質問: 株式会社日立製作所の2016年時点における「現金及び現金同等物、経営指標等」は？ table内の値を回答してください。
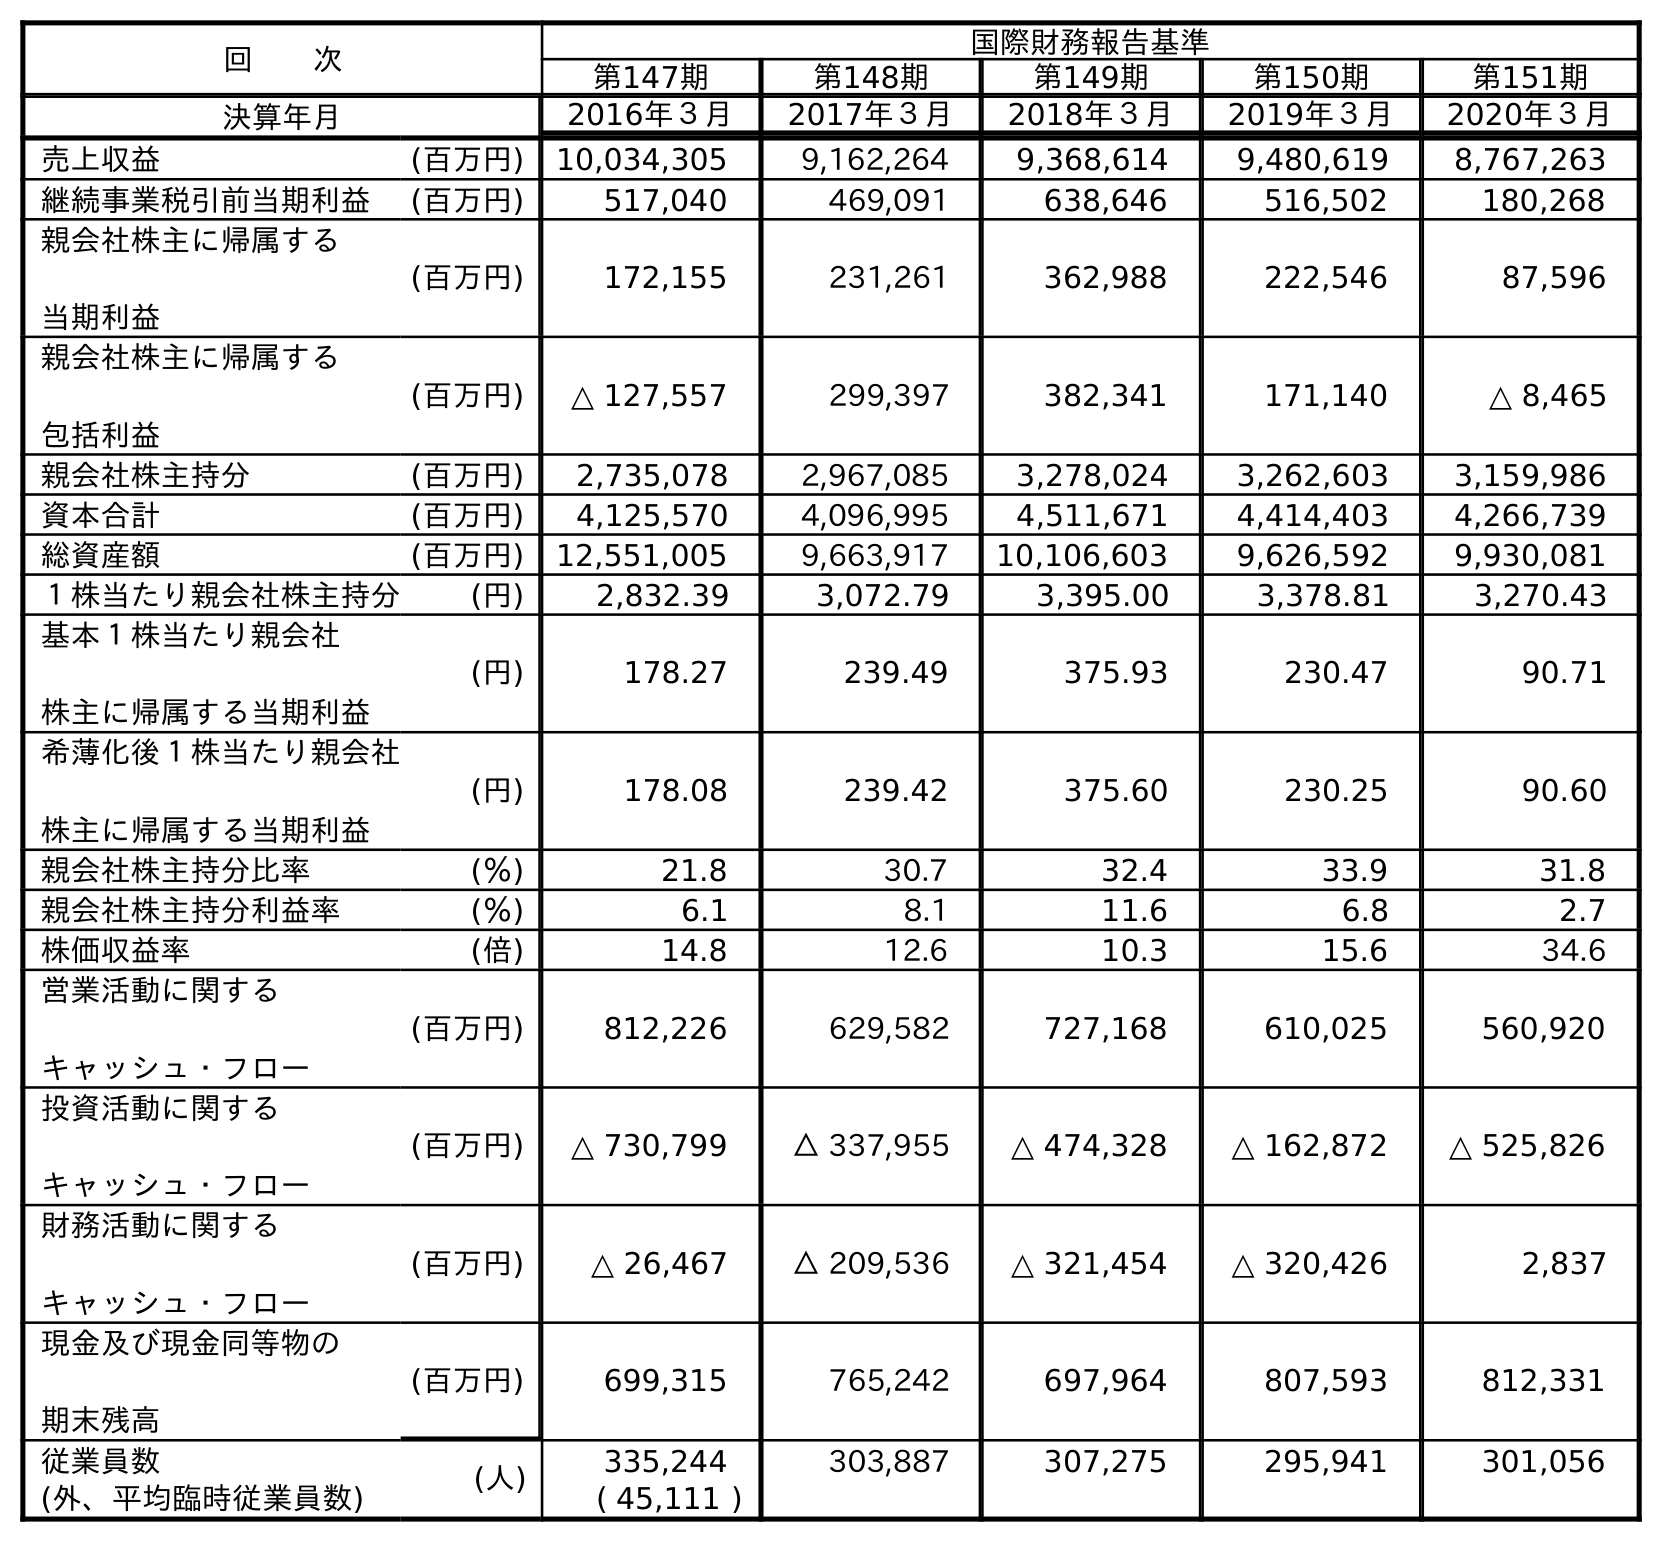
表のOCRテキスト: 回  次 国際財務報告基準 第147期 第148期 第149期 第150期 第151期 決算年月 2016年３月 2017年３月 2018年３月 2019年３月 2020年３月 売上収益 (百万円) 10,034,305 9,162,264 9,368,614 9,480,619 8,767,263 継続事業税引前当期利益 (百万円) 517,040 469,091 638,646 516,502 180,268 親会社株主に帰属する 当期利益 (百万円) 172,155 231,261 362,988 222,546 87,596 親会社株主に帰属する 包括利益 (百万円) △ 127,557 299,397 382,341 171,140 △ 8,465 親会社株主持分 (百万円) 2,735,078 2,967,085 3,278,024 3,262,603 3,159,986 資本合計 (百万円) 4,125,570 4,096,995 4,511,671 4,414,403 4,266,739 総資産額 (百万円) 12,551,005 9,663,917 10,106,603 9,626,592 9,930,081 １株当たり親会社株主持分 (円) 2,832.39 3,072.79 3,395.00 3,378.81 3,270.43 基本１株当たり親会社 株主に帰属する当期利益 (円) 178.27 239.49 375.93 230.47 90.71 希薄化後１株当たり親会社 株主に帰属する当期利益 (円) 178.08 239.42 375.60 230.25 90.60 親会社株主持分比率 (％) 21.8 30.7 32.4 33.9 31.8 親会社株主持分利益率 (％) 6.1 8.1 11.6 6.8 2.7 株価収益率 (倍) 14.8 12.6 10.3 15.6 34.6 営業活動に関する キャッシュ・フロー (百万円) 812,226 629,582 727,168 610,025 560,920 投資活動に関する キャッシュ・フロー (百万円) △ 730,799 △ 337,955 △ 474,328 △ 162,872 △ 525,826 財務活動に関する キャッシュ・フロー (百万円) △ 26,467 △ 209,536 △ 321,454 △ 320,426 2,837 現金及び現金同等物の 期末残高 (百万円) 699,315 765,242 697,964 807,593 812,331 従業員数 (人) 335,244 303,887 307,275 295,941 301,056 (外、平均臨時従業員数) ( 45,111 )
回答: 699,315